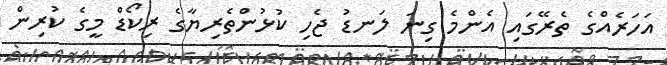
އަހަރެއްގެ ތެރޭގައި އެންމެ ގިނަ ލަނޑު ޖެހި ކުޅުންތެރިޔާގެ ރިކޯޑް މީގެ ކުރިން